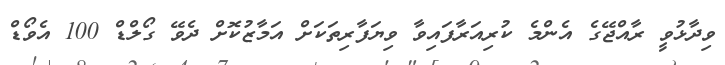
ވިދާޅުވީ ރާއްޖޭގެ އެންމެ ކުރިއަރާފައިވާ ވިޔަފާރިތަކަށް އަމާޒުކޮށް ދެވޭ ގޯލްޑް 100 އެވޯޑް